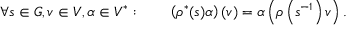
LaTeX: \forall s \in G , v \in V , \alpha \in V ^ { * } : \qquad \left( \rho ^ { * } ( s ) \alpha \right) ( v ) = \alpha \left( \rho \left( s ^ { - 1 } \right) v \right) .